Vital statistics of India. Vol. IV, Annual returns from 1871 to 1876. British Army of India, Native Army and jails of Bengal
Year: 1871
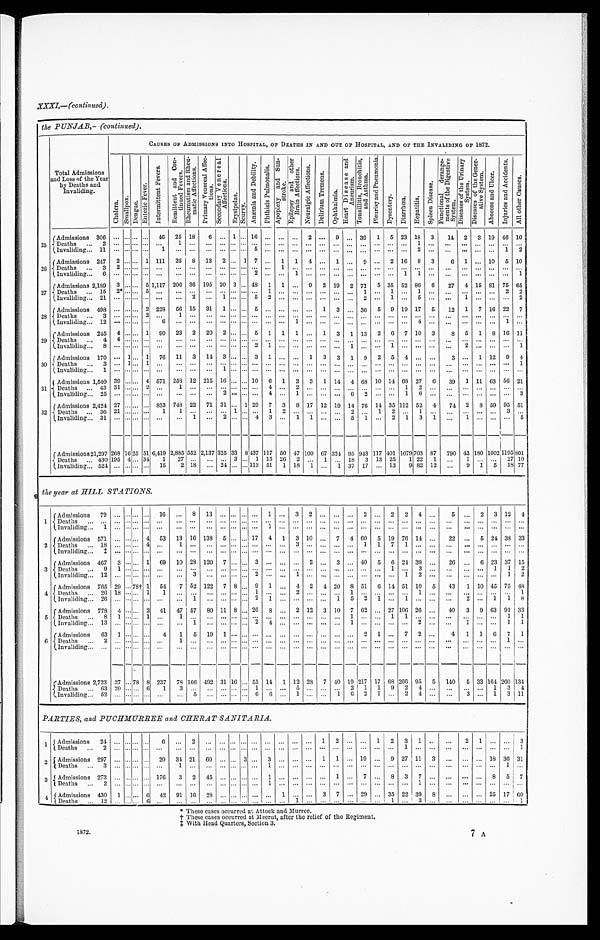
1872..
7 A
XXXI,—(continued).
the PUNJAB,—(continued).
Total Admissions
and Loss of the Year
by Deaths and
Invaliding.
CAUSES OF ADMISSIONS INTO HOSPITAL, OF DEATHS IN AND OUT OF HOSPITAL, AND OF THE INVALIDING OF 1872.
C h o l e r a .
S m a l l p o x .
D e n g u e .
E n t e r i c F e v e r .
I n t e r m i t t e n t F e v e r .
R e m i t t e n t a n d c o n t i n u e d F e v e r s .
R h e u m a t i s m a n d R h e u m a t i e A f f e c t i o n s .
P r i m a r y V e n e r a l A f f e c t i o n s .
S e c o n d a r y V e n e r a l A f f e c t i o n s .
Er y s i p e l a s .
S c u r v y .
A n œ m i a a n d D e b i l i t y .
P h t h i s i s P u l m o n a l i s .
A p o p l e x y a n d S u n s t r o k e . E p i l e p s y a n d o t h e r B r a i n A f f e c t i o n s .
N e u r a i g i e A f f e c t i o n s .
D e l i r i u m T r e m e n s .
O p h t h a l m i a .
H e a r t D i s e a s e s a n d A n e u r i s m .
T o n s i l l i t i s , B r o n c h i t i s , a n d A s t h m a .
P l e u r i s y a n d P n e u m o n i a .
D y s e n t e r y . D i a r r h œ a .
H e p a t i t i s .
S p l e e n D i s e a s e s .
F u n c t i o n a l d e r a n g e m e n t s o f t h e D i g e s t i v e S y s t e m .
D i s e a s e s o f t h e U r i n a r y S y s t e m .
D i s e a s e s o f t h e G e n e r a t i v e S y s t e m .
A b s c e s s a n d u l c e r .
I n j u r i e s a n d A c c i d e n t s .
A l l o t h e r c a u s e s .
25
Admissions 306
. . . ... ... ...
46
25 18
6 ... 1
. . . 16 ... ... ... 2 ... 9
. . .
39
1 5 23 18 3
14 2 3 19 46 10
Deaths
...
2 ... ...... . . . . . . ...
1
. . .
. . .
. . .
...
. . .
. . .
. . .
. . .
. . .
. . .
. . .
. . . . . .
. . .
. . .
. . .
. . .
1
. . . ...
. . . . . .
. . .
. . .
. . .
I n v a l i d i n g . . .
1 1
. . . . . . . . . . . . 1
. . .
. . .
. . .
. . .
...
. . .
5
. . .
. . .
. . .
. . .
. . .
. . .
. . .
. . .
. . .
. . .
. . .
2
. . . ...
. . . . . .
. . . 1 2
26
Admissions 247
2 ...... . . . 1 111 25 8 13 2 ... 1 7 ... 1 1 4 ... 1
. . . 9 ... 2 16 8 3
6 1 ... 10 5 10
D e a t h s . . .
3 2 ...... . . . . . .
. . .
. . .
. . .
. . .
. . .
...
. . .
. . .
. . .
1
. . .
. . .
. . .
. . .
. . .
. . .
. . . . . .
. . .
. . . . . .
. . .
. . .
. . . . . .
. . . . . .
I n v a l i d i n g . . .
6
. . . . . . . . . . . . ...
. . .
. . .
. . .
. . .
...
. . .
2
. . .
. . .
1
. . .
. . .
. . .
. . .
. . .
. . .
. . .
1
1
. . . ...
. . .
. . . . . .
. . . 1
Admissions 2,189
3
. . . . . . 5 1,117 206 36 195 20 3 ... 48 1 1
. . . 9 2 19 2 71 5 35 52 86 6
27
4 15 81 75 65
D e a t h s . . .
1 5
2 * . . . . . . 6 ...
. . .
. . .
. . .
. . .
...
. . .
. . .
1
. . .
. . .
. . .
. . .
. . .
. . .
1
. . .
1
. . .
1 . . .
. . .
. . . . . .
. . .
2
2
I n v a l i d i n g . . .
2 1
. . . . . . . . . . . .
...
. . .
2
. . .
1 ...
. . .
5
2
. . .
. . .
. . .
. . .
. . .
. . .
2
. . .
1
. . .
5
. . . ...
1 . . .
. . .
. . .
2
28
Admissions 498
. . . . . . . . . 2 228 56 15 31 1 ... ... 5
. . .
. . . . . .
. . . 1 3 ... 36 5 9 19 17 5
12
1 7 16 22 7
Deaths...
3 ... ... ... 2 ...
1 ... ... ... ... ...
. . . . . .
. . .
. . . . . .
. . .
. . . . . .
. . .
. . .
. . .
. . .
. . . . . .
. . .
. . .
. . . . . .
. . .
. . .
I n v a l i d i n g . . . .
1 2
. . . . . . . . . . . . 6
. . .
. . .
. . .
. . .
...
. . .
. . .
. . .
. . .
1
. . .
. . .
. . .
. . .
. . .
. . .
. .
. . .
4
. . . ...
. . .
. . . . . .
1
. . .
29
Admissions 245
4 . . . . . . 1 90 23 2 20 2 ... ...
5
1
1 1 ... 1 3 1 13 2
6 7 10 3
8
5
1 8 16 11
Deaths
...
4 4 ... . . . ...
. . .
. . .
. . .
. . .
. . . ... . . . . . . . . .
. . .
. . . . . .
. . .
. . .
. . .
. . .
. . .
. . .
. . .
. . . . . .
. . .
. . .
. . . . . .
. . . . . .
I n v a l i d i n g . . .
8
. . . . . . . . . . . . ...
. . .
. . .
. . .
. . .
...
. . .
2
1
. . .
. . .
. . .
. . .
. . .
1
. . .
. . .
1
. . .
. . .
. . . ...
2
. . . . . .
. . .
1
30
Admissions 170 ... 1 ... 1 76 11 3
1 4
3 ... . . . 3
1
...
...
1 3 3 1 9 2 5 4 ... ...
3 ...
1 12 9 4
Deaths
...
3
. . . 1 ... 1 ...
... ... ...
. . . ... ... ... ... ...
. . .
. . . . . .
. . .
. . .
. . .
. . .
. . .
. . .
. . .
. . . ...
. . .
. . . . . . . . .
1
I n v a l i d i n g . . .
1
. . . . . . . . . . . . ...
. . .
. . .
. . .
1 ...
. . .
. . .
. . .
. . .
. . .
. . .
. . .
. . .
. . .
. . .
. . .
. . .
. . .
. . .
. . . ...
. . .
. . . . . .
. . .
. . .
31
Admissions 1,540 39
. . . . . . 4 571 258 12 215 16 ... ... 10
6
1 2 3 1
14
4 68 10 14 68 27 6
39
1 11 63 56 21
Deaths ... 43 31 ... ... 2
. . .
1
. . .
. . .
. . .
...
. . .
. . .
4
. . .
2
. . .
. . .
. . .
. . .
. . .
. . .
. . . 1 2
. . . ...
. . .
. . . . . .
. . .
. . .
I n v a l i d i n g . . .
2 5
. . . . . . . . . . . . ...
. . .
. . .
. . .
2 ...
. . .
. . .
4
. . .
1
. . .
. . .
. . .
6
2
. . .
. . .
1
6
. . . ...
. . .
. . . . . .
. . .
3
32
Admissions 2,424 27
. . . . . . ... 833 748 22
71 31 ... 1 29 7 3 8 17 12 19 14 76 14 35 112 52 4
74 2
8 59 95 51
Deaths
3 6
2 1 . . . . . . . . . 1
1
. . .
. . .
. . .
1
. . .
. . .
1
2
. . .
. . .
. . .
. . .
2
. . .
1
2
. . .
1
. . . ...
. . .
. . . . . .
3
. . .
Invaliding.... 31
. . . . . . . . . . . . ...
. . . 1
. . . 2 ... . . . 4 3 . . .
1 1
. . .
. . . 5 1 ... 2 1 3 1
. . . 1
. . . . . .
. . .
5
Admissions 21,297 268 16 25 51 6,419 2,885 552 2,137 325 33
8
437 117 50 47 100 67 324 95 943 117 401 1079 703 87 790 43 180 1002 1195 801
Deaths ... 430 195 4 ... 34
1
27 ...
... ... 3
. . . 1 15 26 2 ... 1 ... 18 3 13 25
1 22 1
. . .
1
. . . . . . 27 10
Invaliding_ 524 ...
. . . . . .
...
15
2 18
... 24 ..
113 51 1 18 1 ... 1 37 17 ... 13
9 82 12 ...
9
1 5 18 77
the year at HILL STATIONS.
1
Admissions. 79 ...
. . .
...
. . . 16
. . . 8
13
. . . ...
. . . . . . 1 ... 3 2 ... ... ... 2 ... 2 2 4 ...
5 ...
2
3 12
4
D e a t h s . . .
. . .
. . . . . .
...
. . . ...
. . .
. . .
. . .
. . .
...
. . . . . .
. . .
. . . . . .
. . .
. . .
. . . . . .
. . .
. . .
. . .
. . .
. . .
...
. . .
. . .
. . .
. . .
. . .
. . .
I n v a l i d i n g . . .
1
. . . . . .
...
. . . ...
. . .
. . .
. . .
. . .
....
. . . . . .
1
. . . . . .
. . .
. . .
. . . . . .
. . .
. . .
. . .
. . .
. . .
...
. . .
. . .
. . .
. . .
. . .
. . .
2
A d m i s s i o n s
571 ...
. . .
... 4 53 13 16 138 5 ...
. . .
17
4 1 3 10 ... 7 4 60 5 19 76 14 ...
22
. . . 5 24 38 33
Deaths
.. 18 ...
. . .
... 4 ...
1
. . .
. . .
. . .
...
. . . . . .
. . .
. . . 3
. . .
. . .
. . .
. . . 1 1 7 1 ... ...
... ... ... ... ... ...
Invaliding...
‡
. . . . . .
...
. . . ...
. . .
. . .
. . .
. . .
...
. . . . . .
. . .
. . . . . .
. . .
. . .
. . .
. . .
. . .
. . .
. . .
. . .
. . .
...
. . .
. . .
. . .
. . .
. . .
. . .
3
Admissions 467
3 . . . ... 1 69 10 28 120 7 ... ... 3 ...
. . . . . .
2
. . . 3
. . . 40
5
6 24
3 9 ...
2 6
. . . 6 23 37 15
Deaths
...
9
1 . . .
... ... ...
. . .
. . .
. . .
. . .
...
. . .
. . . ...
. . . . . .
. . .
. . .
. . .
. . .
. . .
. . .
1
. . .
3 ..
. . .
. . .
. . .
1
1 2
Invalidin g ... 12 ...
. . .
... ... ...
...
3
. . .
. . . ... . . .
2
. . .
. . . 1
. . .
. . .
. . . . . .
. . .
. . .
. . .
1
2 ...
. . .
. . .
. . .
. . .
1
2
4 Admissions... 765 29 . . . 78‡ 1 54
7 52 122 7 8 . . . 9 1
. . .
4
2
4
20
8 51 6 14 51 10 5
43
1 10 45 75 48
Deaths
... 26 18 . . .
...
1
1 ... ... ... ... ... ...
1
. . .
. . . 2
. . .
. . .
. . .
1
. . .
. . .
. . .
. . .
1 ...
. . .
. . .
. . .
. . .
. . .
1
I n v a l i d i n g . . .
2 6
. . . . . .
...
. . .
...
. . .
1
. . .
. . .
...
. . .
2
1
. . . . . .
. . .
. . .
1
5
2
1
. . .
1
. . .
...
. . .
2
. . .
1
1
8
5
Admissions
...
778
4 . . .
...
2
41
47 57
80 11 8
. . . 26
8
. . . 2 12 3 10 7 62 ... 27 106 26 ...
40
3
9 63 91 33
Deaths
. . .
8
1 ...... 1 ...
1
. . .
. . .
. . .
...
. . .
. . .
. . .
. . . . . .
. . .
. . .
. . .
1
. . .
. . .
1
1
. . .
...
. . .
. . .
. . .
. . .
1
1
I n v a l i d i n g . . .
1 3
. . . . . .
...
. . . ...
. . .
1
. . .
. . .
...
. . .
2
4
. . . . . .
. . .
. . .
. . .
1
. . .
. . .
. . .
. . .
2 ...
. . .
1
. . .
. . .
1
1
6
Admissions
63
1 ... ... ...
4
1 5 19 1 ...
. . . ... ...
. . . . . .
. . .
. . .
. . . ... 2 1 ... 7 2 ...
4 1 1 6 7 1
Deaths...
2
. . . ......
. . . ...
1
. . .
. . .
. . .
...
. . .
. . .
. . .
. . . . . .
. . .
. . .
. . . . . .
. . .
. . .
. . .
. . .
. . .
...
. . .
. . .
. . .
. . .
1
. . .
I n v a l i d i n g . . . . . .
. . .
. . . . . .
...
. . . ...
...
...
...
... ...
. . . ...
...
...
...
...
...
...
. . .
...
...
...
. . . ... ...
. . .
...
...
...
...
...
A d m i s s i o n s
2 , 7 2 3
3 7 . . .
78
78 8 237
7 8
166
492
31
16
. . .
5 5
14
1
1 2
2 8
7
40
19
2 1 7
17
68
2 6 6 95 5
140
5 33 164 260
1 3 4
D e a t h s . . .
6 3 2 0 . . .
...
6 1
3
. . .
. . .
. . .
...
. . . 1
. . .
. . . .
5
. . . . . .
. . . 2 1
1
9
2
4 ...
. . .
. . .
. . .
. . . 3
4
I n v a l i d i n g . . .
5 2
. . . . . .
...
. . .
...
. . .
5
. . .
. . .
...
. . . 6
6
. . .
1
. . .
. . .
1
6 2 1 ... 2 4 ...
. . . 3
. . . 1
3 1 1
PARTIES, and PUCHMURREE and CHERAT SANITARIA.
1 Admissions
24 ...
. . .
...
. . .
6
. . .
2
. . .
. . . . . . ... ... ... ... ... ...
1 2
. . .
. . . 1 2 3 1
. . .
. . .
2
1 ... ... 3
Deaths
. . . 2
. . .
. . .
...
. . . ...
... ...
...
. . .
...
. . .
. . . ... ... ... ... ... ... ... ... ... ...
1
. . .
. . .
. . .
. . .
. . .
. . .
. . . 1
2 Admissions 297 ...
. . .
... . . .
20
34 21
6 0 ... ... 3 ... 3 ... ... ... 1 1 ... 19 ... 9 27 11 3 ... ... ... 18 36 31
Deaths
...
3 ... ...... ... ...
1
. . .
. . .
. . .
. . . . . .
. . . 1
. . .
. . . ... ... ... ... ... ... ... ... ... ... ...
. . .
. . .
. . .
1 ...
3 Admissions 273 ...
. . .
... ... 176
3
2
45 ... ... ... ...
1 ...
... ... 1 ... 7 . . .
8
3
7 ...
...
... ...
8
5
7
De a t hs . . .
2
. . . . . .
...
. . .
. . .
. . .
. . .
. . .
. . .
. . . . . .
. . .
1
. . .
. . .
. . .
. . .
. . .
. . .
1
. . .
. . .
. . .
. . .
. . .
. . .
. . .
. . .
. . .
. . . ...
4 Admissions 430 1
. . .
... 6
42
91 16
28 ... ... ... ... ...
1 ... ... 3 7 ... 29 ... 35 22 39 8 ... ... ... 25 17 60
Deaths ...
12
. . . . . .
...
6
. . .
. . .
. . .
. . .
. . . . . . . . .
. . .
. . . . . . 1
. . .
. . .
. . .
. . .
. . .
. . .
1
. . .
3
. . .
. . .
. . .
. . .
. . .
. . . 1
* T h e s e c a s e s o c c u r r e d a t A t t o c k a n d M u r r e e .
† T h e s e c a s e s o c c u r r e d a t M e e r u t , a f t e r t h e r e l i e f o f t h e R e g i m e n t .
‡
W i t h H e a d Q u a r t e r s , S e c t i o n 3 .